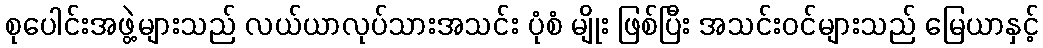
စုပေါင်းအဖွဲ့များသည် လယ်ယာလုပ်သားအသင်း ပုံစံ မျိုး ဖြစ်ပြီး အသင်းဝင်များသည် မြေယာနှင့်